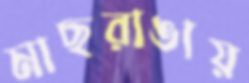
মাছরাঙায়